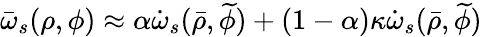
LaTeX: \bar{\omega}_{s}(\rho,\phi)\approx\alpha\dot{\omega}_{s}(\bar{\rho},\widetilde{\phi})+(1-\alpha)\kappa\dot{\omega}_{s}(\bar{\rho},\widetilde{\phi})